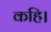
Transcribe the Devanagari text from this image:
कहि।